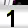
Digit: 1